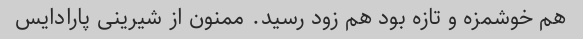
هم خوشمزه و تازه بود هم زود رسید. ممنون از شیرینی پارادایس